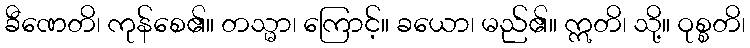
ခီဏေတိ၊ ကုန်စေ၏။ တသ္မာ၊ ကြောင့်။ ခယော၊ မည်၏။ ဣတိ၊ သို့။ ဝုစ္စတိ၊